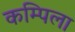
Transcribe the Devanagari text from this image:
कम्पिला